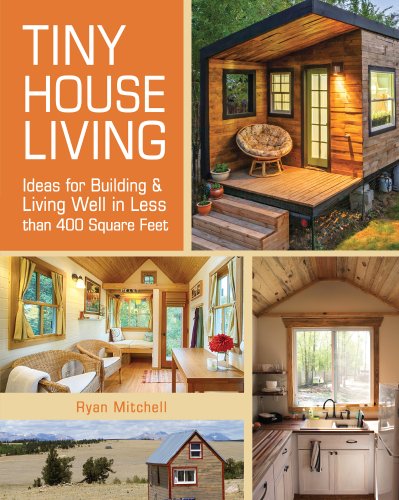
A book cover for Tiny House Living: Ideas For Building and Living Well In Less than 400 Square Feet; Ryan Mitchell; Crafts, Hobbies & Home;